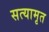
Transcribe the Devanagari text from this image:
सत्यामृत